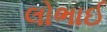
લોભાઈ